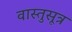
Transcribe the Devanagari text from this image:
वास्तुसूत्र